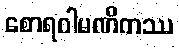
စောရဂါမဏိကဿ